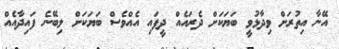
އޭނާ އިތުރަށް ވިދާޅުވީ ބަޔަކަށް ދެރައެއް ދީފައި އެއްވެސް ބަޔަކަށް ލިބޭނެ ފައިދާއެއް